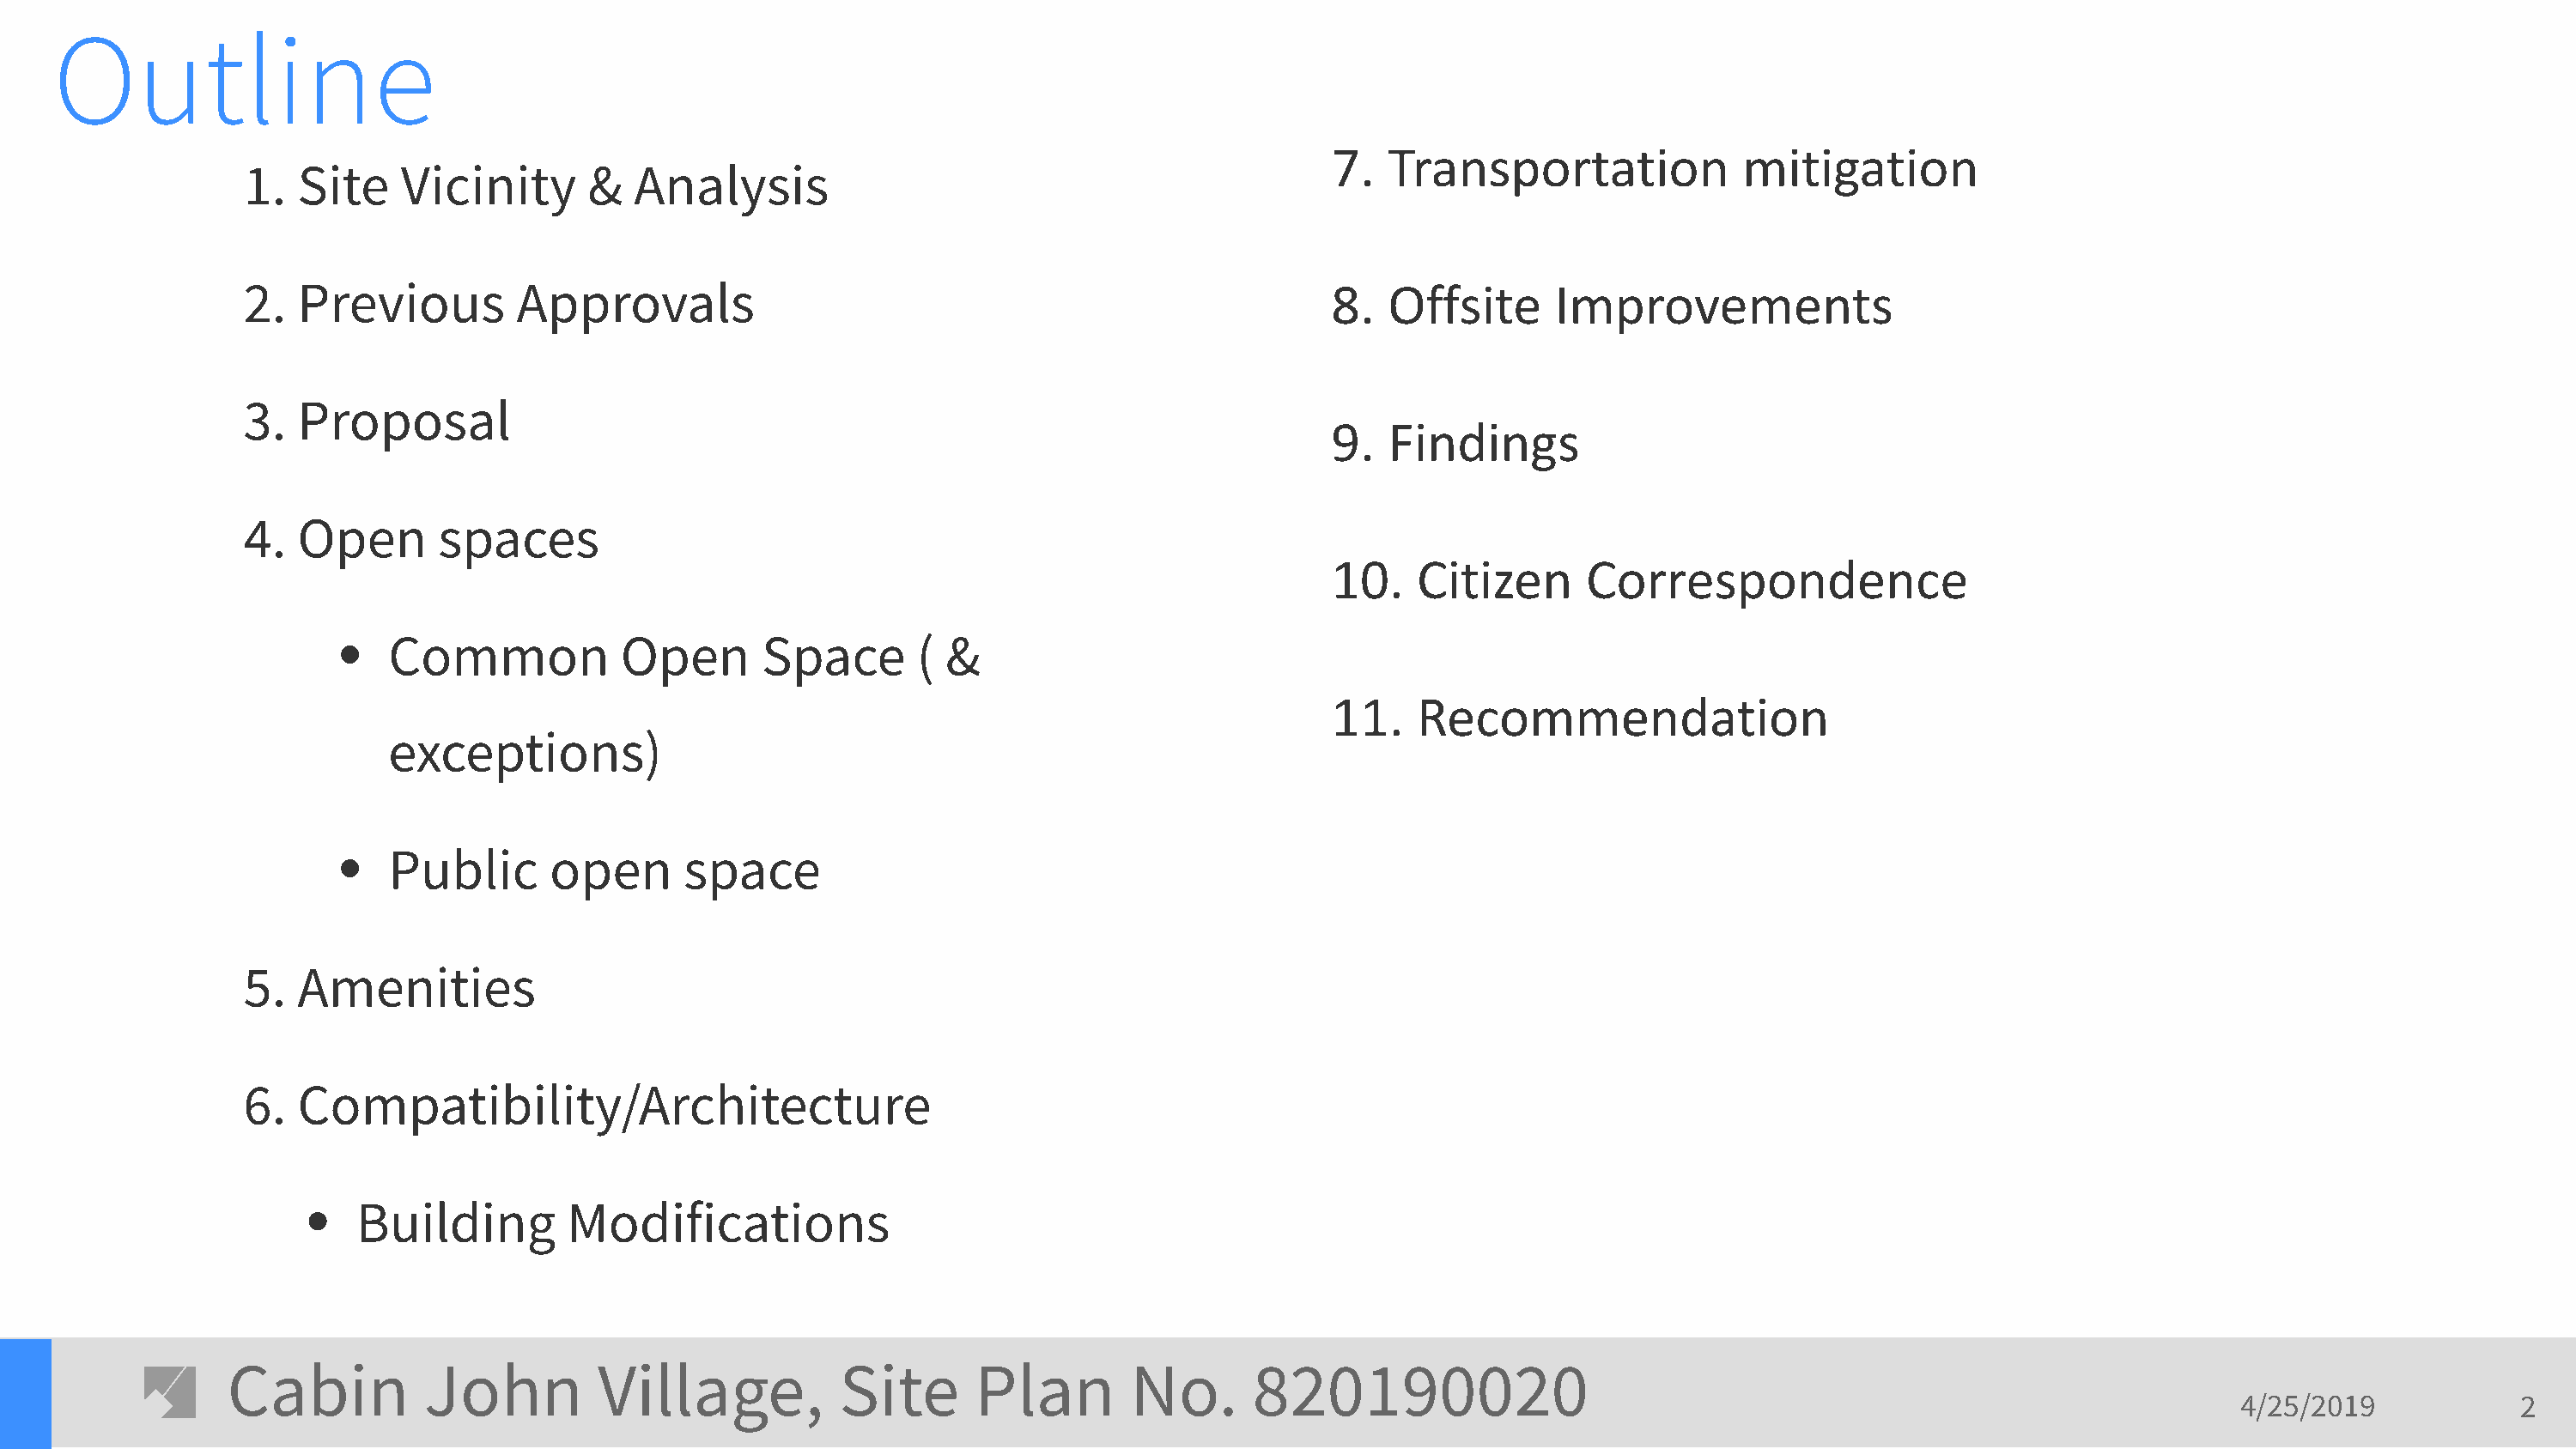
Outline
 7.  Transportation             mitigation
 1.  Site    Vicinity      &   Analysis
 2.  Previous         Approvals                                                      8.  Offsite      Improvements
 3.  Proposal
 9.  Findings
 4.  Open       spaces
 10.   Citizen      Correspondence
 •   Common            Open       Space       ( &
 11.   Recommendation
 exceptions)
 •   Public      open       space
 5.  Amenities
 6.  Compatibility/Architecture
 •  Building         Modifications
 Cabin          John         Village,           Site      Plan        No.       820190020
 4/25/2019            2